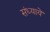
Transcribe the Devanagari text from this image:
संध्याये